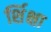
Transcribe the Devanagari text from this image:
र्शिक्षा